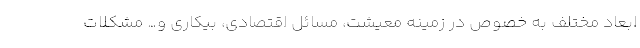
ابعاد مختلف به خصوص در زمینه معیشت، مسائل اقتصادی، بیکاری و… مشکلات